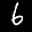
Label: 6